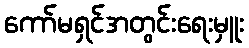
ကော်မရှင်အတွင်းရေးမှူး